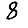
Digit: 8